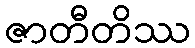
ဇာတီတိဿ